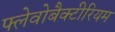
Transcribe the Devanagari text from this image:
फ्लेवोबैक्टीरियम